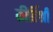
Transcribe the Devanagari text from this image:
कीर्तिश्री